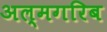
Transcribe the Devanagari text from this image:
अल्मगरिब